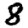
Digit: 8